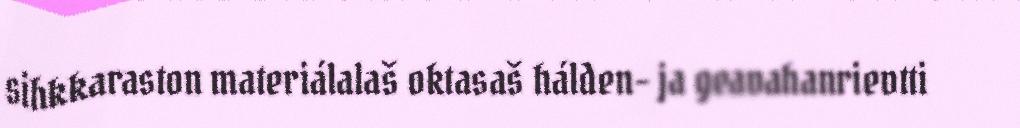
sihkkaraston materiálalaš oktasaš hálden- ja geavahanrievtti